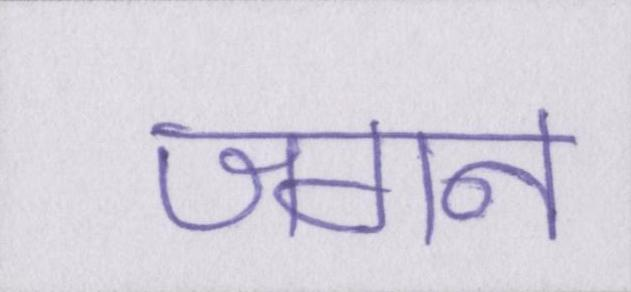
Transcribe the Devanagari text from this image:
जगन